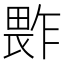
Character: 𱰻